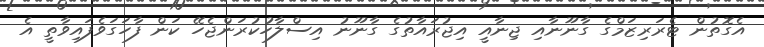
އެގޮތުން ޓެރަރިޒަމްގެ ގާނޫނާއި ޖިނާއީ އިޖުރައާތުގެ ގާނޫނު އިސްލާހުކުރަންޖެހޭ ކަން ފާހަގަވެފައިވާތީ އެ